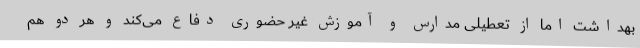
بهداشت اما از تعطیلی مدارس و آموزش غیر حضوری دفاع می‌کند و هر دو هم